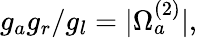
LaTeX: g_{a}g_{r}/g_{l}=|\Omega_{a}^{(2)}|,